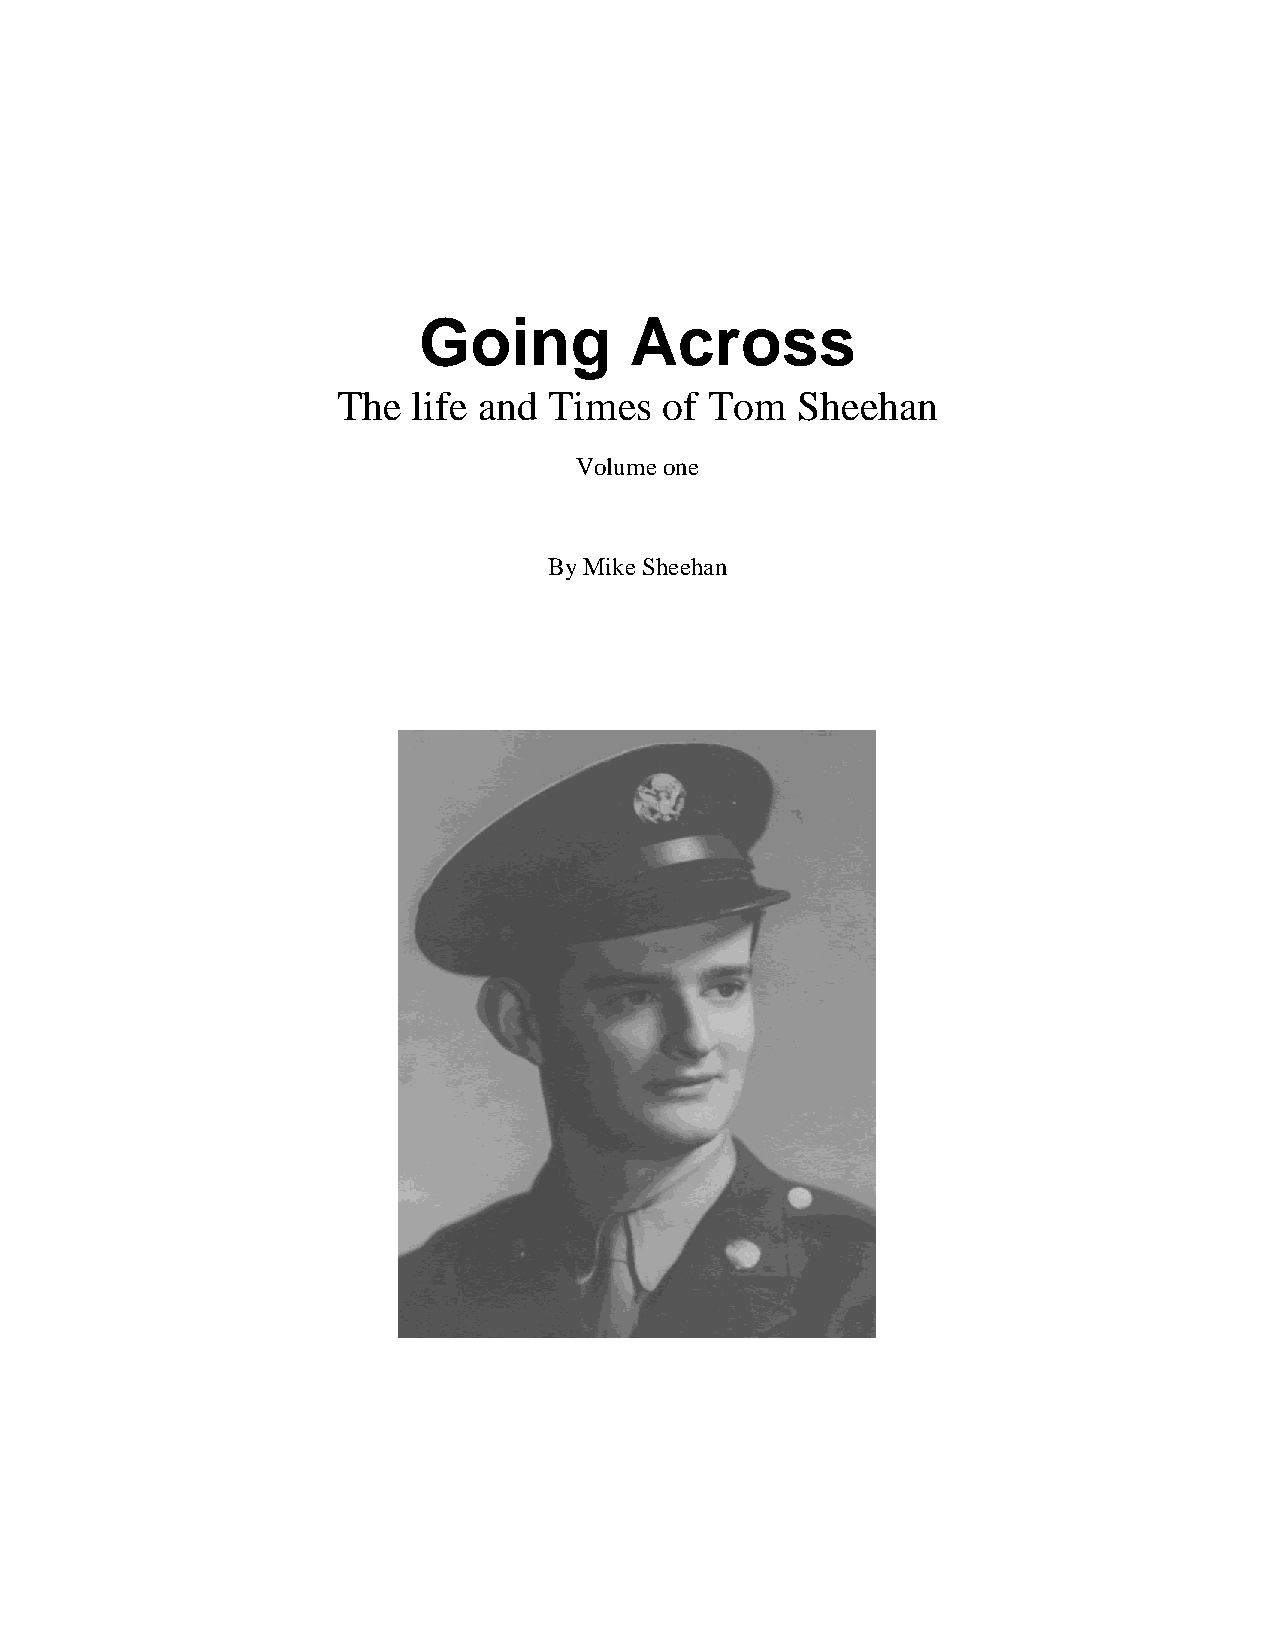
Going         Across
 The  life and Times   of Tom   Sheehan
 Volume one
 By Mike Sheehan